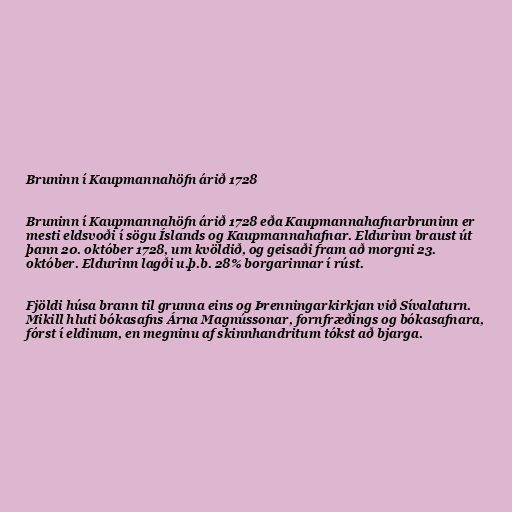
Bruninn í Kaupmannahöfn árið 1728

Bruninn í Kaupmannahöfn árið 1728 eða Kaupmannahafnarbruninn er
mesti eldsvoði í sögu Íslands og Kaupmannahafnar. Eldurinn braust út
þann 20. október 1728, um kvöldið, og geisaði fram að morgni 23.
október. Eldurinn lagði u.þ.b. 28% borgarinnar í rúst.

Fjöldi húsa brann til grunna eins og Þrenningarkirkjan við Sívalaturn.
Mikill hluti bókasafns Árna Magnússonar, fornfræðings og bókasafnara,
fórst í eldinum, en megninu af skinnhandritum tókst að bjarga.